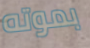
بموته